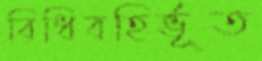
বিধিবহির্ভূত